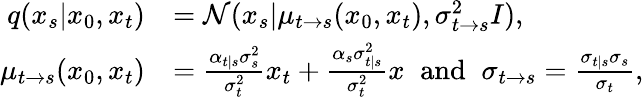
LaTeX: \begin{array}{rl}{q(x_{s}|x_{0},x_{t})}&{=\mathcal{N}(x_{s}|\mu_{t\rightarrow s}(x_{0},x_{t}),\sigma_{t\rightarrow s}^{2}I),}\\ {\mu_{t\rightarrow s}(x_{0},x_{t})}&{=\frac{\alpha_{t|s}\sigma_{s}^{2}}{\sigma_{t}^{2}}x_{t}+\frac{\alpha_{s}\sigma_{t|s}^{2}}{\sigma_{t}^{2}}x\; \; \mathrm{and}\; \; \sigma_{t\rightarrow s}=\frac{\sigma_{t|s}\sigma_{s}}{\sigma_{t}},}\end{array}